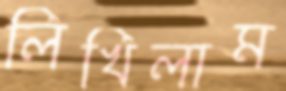
লিখিলাম